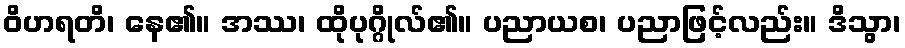
ဝိဟရတိ၊ နေ၏။ အဿ၊ ထိုပုဂ္ဂိုလ်၏။ ပညာယစ၊ ပညာဖြင့်လည်း။ ဒိသွာ၊